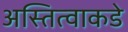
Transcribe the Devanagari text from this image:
अस्तित्वाकडे